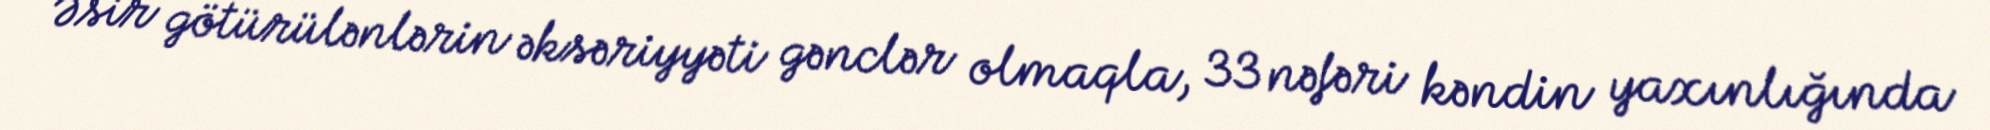
Əsir götürülənlərin əksəriyyəti gənclər olmaqla, 33 nəfəri kəndin yaxınlığında